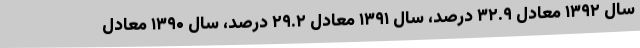
سال ۱۳۹۲ معادل ۳۲.۹ درصد، سال ۱۳۹۱ معادل ۲۹.۲ درصد، سال ۱۳۹۰ معادل